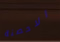
الاحصنة